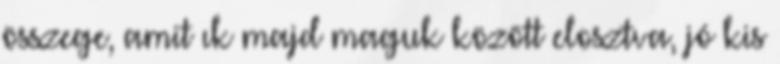
összege, amit ık majd maguk között elosztva, jó kis